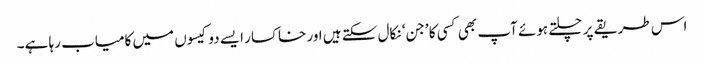
اس طریقے پر چلتے ہوئے آپ بھی کسی کا ’جن‘ نکال سکتے ہیں اور خاکسار ایسے دو کیسوں میں کامیاب رہا ہے۔